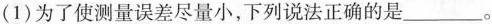
（1）为了使测量误差尽量小，下列说法正确的是___。